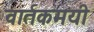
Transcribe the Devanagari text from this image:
वार्तकमयी